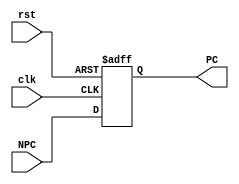
module PC (input clk,
           input rst,
           input [31:0] NPC,
           output reg [31:0] PC);
    always @(posedge clk,posedge rst) begin
        if (rst)
            PC <= 32'h00000000;
        else
            PC <= NPC;
    end
endmodule